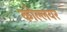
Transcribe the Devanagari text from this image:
कोल्लयर